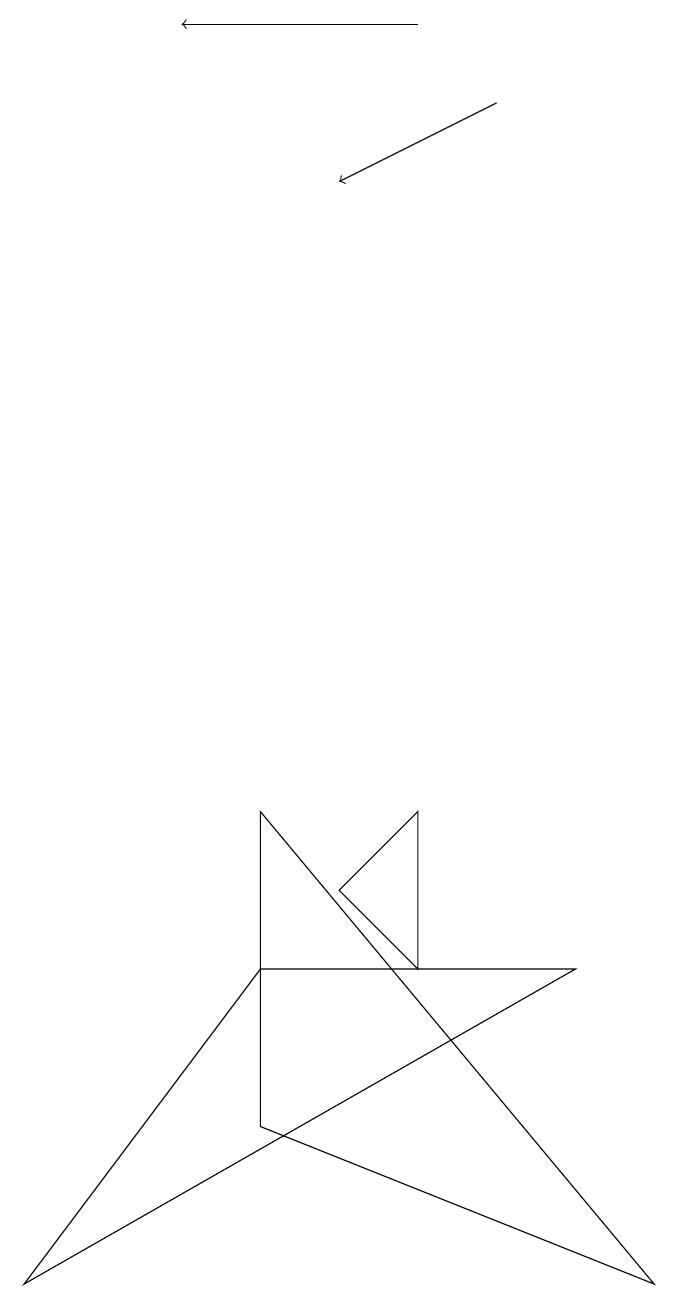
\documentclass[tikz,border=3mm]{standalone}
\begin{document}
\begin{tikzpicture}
\draw (8,0) -- (3,2) -- (3,6) -- cycle;
\draw[->] (6,15) -- (4,14);
\draw (5,6) -- (5,4) -- (4,5) -- cycle;
\draw[->] (5,16) -- (2,16);
\draw (3,4) -- (0,0) -- (7,4) -- cycle;
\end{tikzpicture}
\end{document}